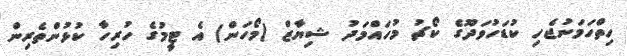
ހިތްހަމަނުޖެހި ކުޑަހުވަދޫގެ ކޯޗު މުހައްމަދު ޝިޔާޒް (މޯހަން) އެ ޓީމުގެ ހުރިހާ ކުޅުންތެރިން